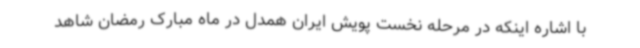
با اشاره اینکه در مرحله نخست پویش ایران همدل در ماه مبارک رمضان شاهد